Plague in India, 1896, 1897 - Volume 2
Year: 1896
Disease focus: Plague
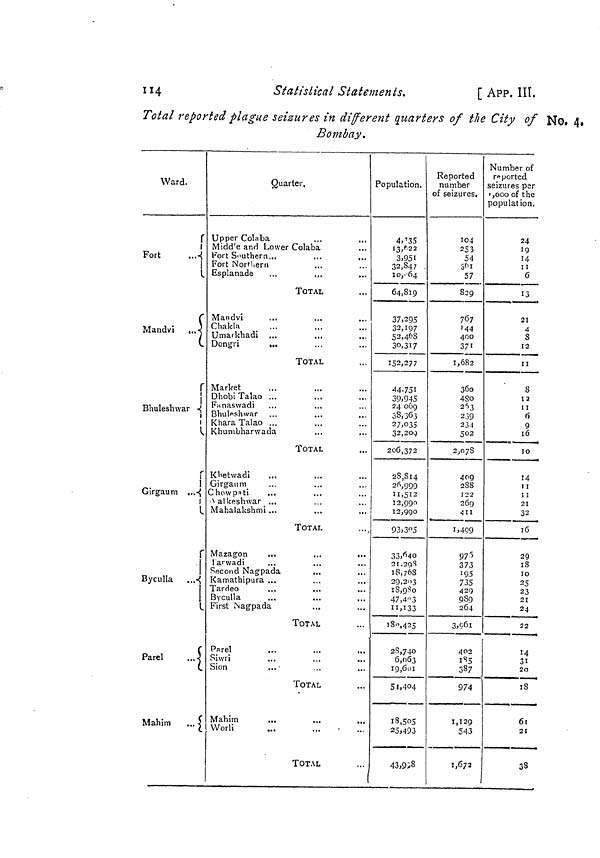
114
Statistical Statements.
[ APP. III.
Total reported plague seizures in different quarters of the City of
Bombay.
No. 4.
Ward.
Fort
Mandvi
«.
Bhuleshwar
Girgaum ..
Byculla
Parel
Mahim
Quarter.
Upper Colaba
Midd'e and Lower Colaba
Fort Southern...
Fort Northern
Esplanade
TOTAL
Mandvi
...
Chakla
Umarkhadi
Dongri
...
TOTAL
Market
Dhobi Talao ..
Fanaswadi
Bhuleshwar
Khara Talao ..
Khumbharwada
TOTAL
Khetwadi
Girgaum_
Chow pa ti
Kalkeshwar ...
Mahalakshmi ...
TOTAL
Mazagon
...
...
...
anwadi
Second Nagpada
Kamathipura ...
Tardeo
Byculla
First Nagpada
TOTAL
Parel
Siwri
Sion
TOTAL
Mahim
Worli
TOTAL
Population.
4, 1 35
3,951
32,847
10,064
64,819
37,295
32,197
52,468
30,317
152,277
44,751
39,945
24 069
38,363
27,,035
32,209
206,372
28,814
26,999
11,512
12,990
12,990
93,305
33,640
21,298
18,768
29,203
18,980
47,403
11,133
180,425
28,740
6,063
19,601
54,404
18,505
25,493
43,998
Reported
number
of seizures.
104
253
54
57
829
767
144
400
371
1,682
360
480
263
239
234
502
2,078
409
288
122
260
411
1,499
976
373
195
735
429
989
264
3,961
402
185
387
974
1,129
543
1,672
Number of
reported
seizures per
1,000 of the
population.
24
19
14
ii
6
13
21
4
8
12
11
8
12
11
6
9
16
10
14
1 1
1 1
21
32
16
29
18
10
25
23
21
24
22
14
31
20
18
61
21
38